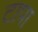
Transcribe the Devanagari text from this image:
टापा